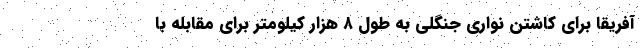
آفریقا برای کاشتن نواری جنگلی به طول ۸ هزار کیلومتر برای مقابله با